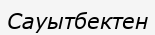
Сауытбектен